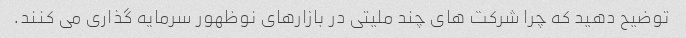
توضیح دهید که چرا شرکت های چند ملیتی در بازارهای نوظهور سرمایه گذاری می کنند.